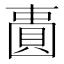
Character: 𫠾